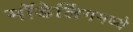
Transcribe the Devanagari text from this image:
मॉडेलिंगमध्ये